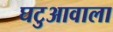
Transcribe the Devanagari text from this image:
घटुआवाला